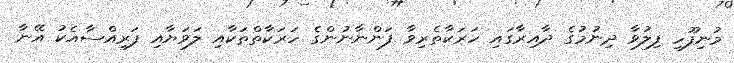
މުނިފޫހި ފިލުވާ ދިނުމުގެ ދާއިރާގައި ހަރަކާތެރިވާ ފަންނާނުންގެ ހަރަކާތްތަކާއި ލަވަޔާއި ފަރިއްސާއެކު އޭނާ